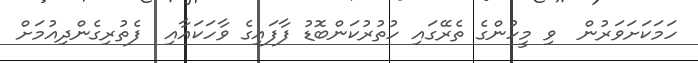
ހަމަކަށަވަރުން  ވި މީހުންގެ ތެރޭގައި ހުތުރުކަންބޮޑު ފާފައިގެ ވާހަކައާއި  ފެތުރިގެންދިއުމަށް